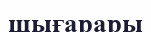
шығарары